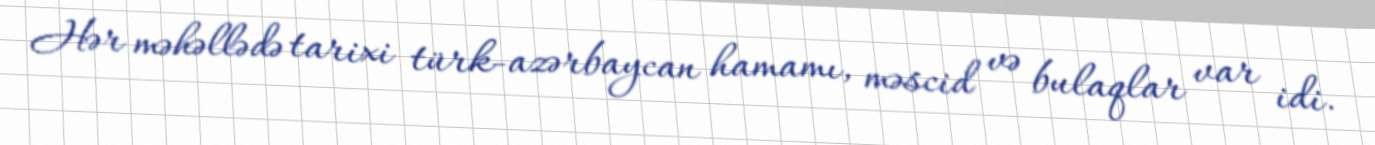
Hər məhəllədə tarixi türk-azərbaycan hamamı, məscid və bulaqlar var idi.